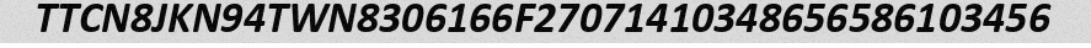
TTCN8JKN94TWN8306166F27071410348656586103456